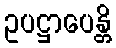
ဥပဋ္ဌာပေန္တိ